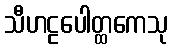
သီဟဠပေါတ္ထကေသု